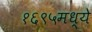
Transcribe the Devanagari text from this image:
१६९५मध्ये